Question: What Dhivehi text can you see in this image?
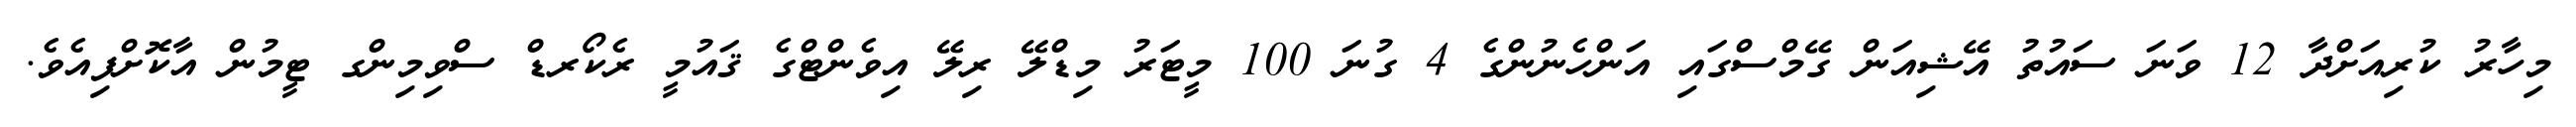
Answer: މިހާރު ކުރިއަށްދާ 12 ވަނަ ސައުތު އޭޝިއަން ގޭމްސްގައި އަންހެނުންގެ 4 ގުނަ 100 މީޓަރު މިޑްލޭ ރިލޭ އިވެންޓްގެ ޤައުމީ ރެކޯރޑް ސްވިމިންގ ޓީމުން އާކޮށްފިއެވެ.